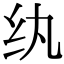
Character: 纨